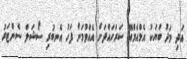
އަދި މަދު ބަޔަކު އެމްއެމްއޭ ސަރަހައްދަށް އެއްވުމަށް ފަހު އެނބުރި ސޯޝަލް ސެންޓަރު